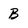
Character: B